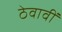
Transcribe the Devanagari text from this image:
ठेवावीं